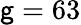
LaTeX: \mathsf{g}=63